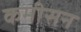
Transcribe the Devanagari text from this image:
कमीसन